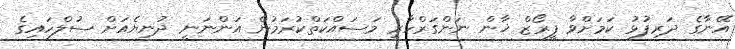
އޭނާގެ ދަރިފުޅު ކަމަށްވާ ފީރޯޒް ޚާން ނަންގަރްހާރީ މަސައްކަތްކުރަމުން އަންނަނީ ދުނިޔެއަށް ސުލްހައިގެ